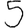
Digit: 5